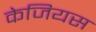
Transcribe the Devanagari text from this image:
केजियस